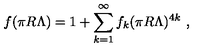
f ( \pi R \Lambda ) = 1 + \sum _ { k = 1 } ^ { \infty } f _ { k } ( \pi R \Lambda ) ^ { 4 k } \ ,